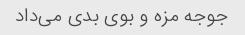
جوجه مزه و بوی بدی می‌داد